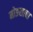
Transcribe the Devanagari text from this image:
मोङसाबा